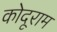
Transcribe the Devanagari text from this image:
कोदूराम